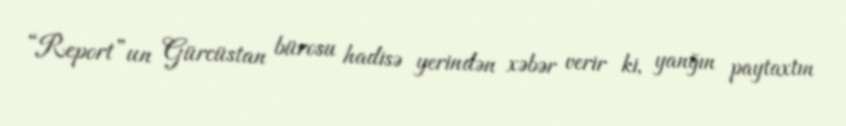
“Report”un Gürcüstan bürosu hadisə yerindən xəbər verir ki, yanğın paytaxtın